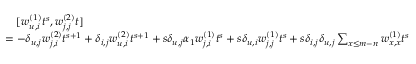
\begin{array} { r l } & { \quad [ w _ { u , i } ^ { ( 1 ) } t ^ { s } , w _ { j , j } ^ { ( 2 ) } t ] } \\ & { = - \delta _ { u , j } w _ { j , i } ^ { ( 2 ) } t ^ { s + 1 } + \delta _ { i , j } w _ { u , i } ^ { ( 2 ) } t ^ { s + 1 } + s \delta _ { u , j } \alpha _ { 1 } w _ { j , i } ^ { ( 1 ) } t ^ { s } + s \delta _ { u , i } w _ { j , j } ^ { ( 1 ) } t ^ { s } + s \delta _ { i , j } \delta _ { u , j } \sum _ { x \leq m - n } w _ { x , x } ^ { ( 1 ) } t ^ { s } } \end{array}